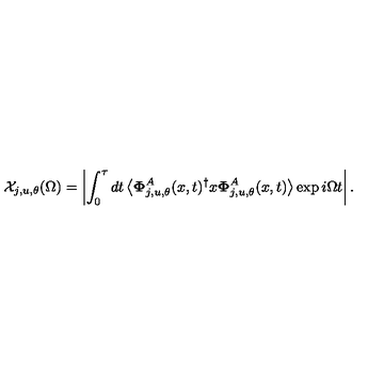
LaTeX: \mathcal { X } _ { j , u , \theta } ( \Omega ) = \left| \int _ { 0 } ^ { \tau } d t \left\langle \mathbf { \Phi } _ { j , u , \theta } ^ { A } ( x , t ) ^ { \dagger } x \mathbf { \Phi } _ { j , u , \theta } ^ { A } ( x , t ) \right\rangle \exp i \Omega t \right| .